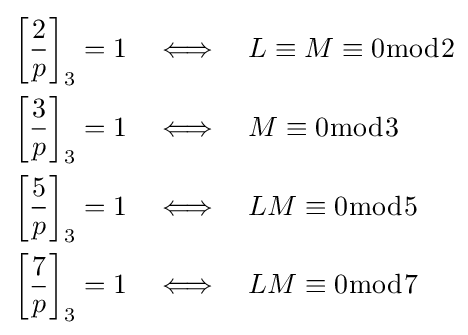
{\begin{aligned}\left[{\frac {2}{p}}\right]_{3}=1\quad &\Longleftrightarrow \quad L\equiv M\equiv 0{\bmod {2}}\\\left[{\frac {3}{p}}\right]_{3}=1\quad &\Longleftrightarrow \quad M\equiv 0{\bmod {3}}\\\left[{\frac {5}{p}}\right]_{3}=1\quad &\Longleftrightarrow \quad LM\equiv 0{\bmod {5}}\\\left[{\frac {7}{p}}\right]_{3}=1\quad &\Longleftrightarrow \quad LM\equiv 0{\bmod {7}}\end{aligned}}